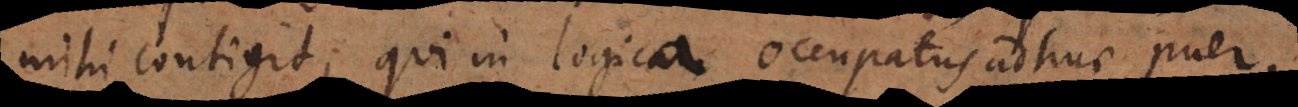
mihi contigit, qui in logica occupatus adhuc puer,